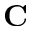
\mathbf { C }